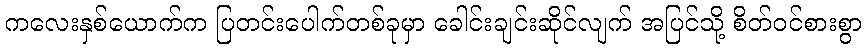
ကလေးနှစ်ယောက်က ပြတင်းပေါက်တစ်ခုမှာ ခေါင်းချင်းဆိုင်လျက် အပြင်သို့ စိတ်ဝင်စားစွာ